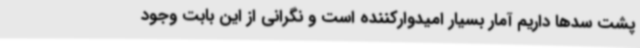
پشت سدها داریم آمار بسیار امیدوارکننده است و نگرانی از این بابت وجود